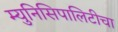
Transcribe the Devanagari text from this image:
म्युनिसिपालिटीचा